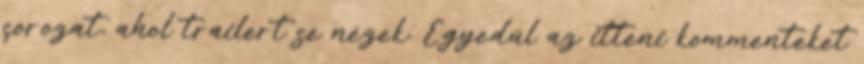
sorozat, ahol trailert se nézek. Egyedül az itteni kommenteket